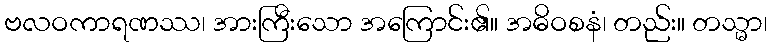
ဗလဝကာရဏဿ၊ အားကြီးသော အကြောင်း၏။ အဓိဝစနံ၊ တည်း။ တသ္မာ၊